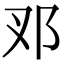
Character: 𨙳